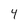
Character: 4